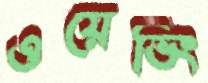
ওয়েভিং